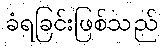
ခံရခြင်းဖြစ်သည်